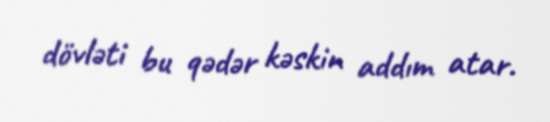
dövləti bu qədər kəskin addım atar.